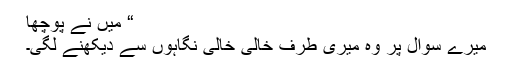
“ میں نے پوچھا
میرے سوال پر وہ میری طرف خالی خالی نگاہوں سے دیکھنے لگی۔